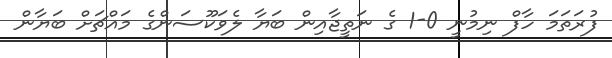
ފުރަތަމަ ހާފް ނިމުނީ 0-1 ގެ ނަތީޖާއިން ބަޔާ ލެވަކޫސަންގެ މައްޗަށް ބަޔާން